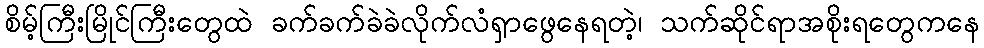
စိမ့်ကြီးမြိုင်ကြီးတွေထဲ ခက်ခက်ခဲခဲလိုက်လံရှာဖွေနေရတဲ့၊ သက်ဆိုင်ရာအစိုးရတွေကနေ